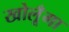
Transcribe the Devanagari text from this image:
खोलूँगा